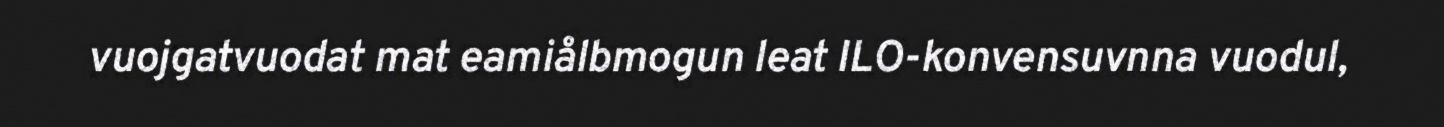
vuojgatvuodat mat eamiålbmogun leat ILO-konvensuvnna vuodul,